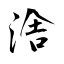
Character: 涻